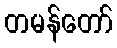
တမန်တော်